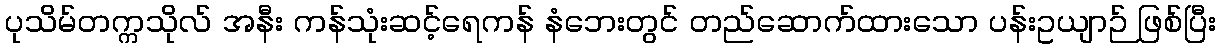
ပုသိမ်တက္ကသိုလ် အနီး ကန်သုံးဆင့်ရေကန် နံဘေးတွင် တည်ဆောက်ထားသော ပန်းဥယျာဉ် ဖြစ်ပြီး